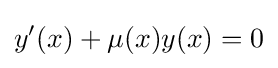
y'(x)+\mu (x)y(x)=0